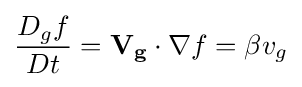
{{D_{g}f \over Dt}=\mathbf {V_{g}} \cdot \nabla f=\beta v_{g}}